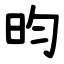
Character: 昀